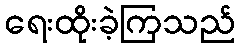
ရေးထိုးခဲ့ကြသည်